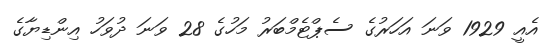
އެއީ 1929 ވަނަ އަހަރުގެ ސެޕްޓެމްބަރު މަހުގެ 28 ވަނަ ދުވަހު އިންޑިޔާގެ